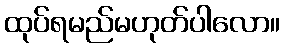
ထုပ်ရမည်မဟုတ်ပါလော။